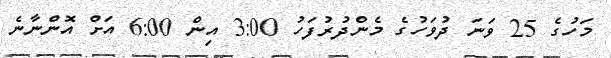
މަހުގެ 25 ވަނަ ދުވަހުގެ މެންދުރުފަހު 3:00 އިން 6:00 އަށް އޮންނާނެ